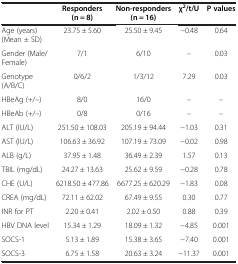
<table><thead><tr><td><b> </b></td><td><b>Responders (n = 8)</b></td><td><b>Non-responders (n = 16)</b></td><td><b>χ<sup>2</sup>/t/U</b></td><td><b>P values</b></td></tr></thead><tbody><tr><td>Age (years) (Mean ± SD)</td><td>23.75 ± 5.60</td><td>25.50 ± 9.45</td><td>-0.48</td><td>0.64</td></tr><tr><td>Gender (Male/Female)</td><td>7/1</td><td>6/10</td><td>–</td><td>0.03</td></tr><tr><td>Genotype (A/B/C)</td><td>0/6/2</td><td>1/3/12</td><td>7.29</td><td>0.03</td></tr><tr><td>HBeAg (+/–)</td><td>8/0</td><td>16/0</td><td>–</td><td>–</td></tr><tr><td>HBeAb (+/–)</td><td>0/8</td><td>0/16</td><td>–</td><td>–</td></tr><tr><td>ALT (IU/L)</td><td>251.50 ± 108.03</td><td>205.19 ± 94.44</td><td>-1.03</td><td>0.31</td></tr><tr><td>AST (IU/L)</td><td>106.63 ± 36.92</td><td>107.19 ± 73.09</td><td>-0.02</td><td>0.98</td></tr><tr><td>ALB (g/L)</td><td>37.95 ± 1.48</td><td>36.49 ± 2.39</td><td>1.57</td><td>0.13</td></tr><tr><td>TBIL (mg/dL)</td><td>24.27 ± 13.63</td><td>25.62 ± 9.59</td><td>-0.28</td><td>0.78</td></tr><tr><td>CHE (U/L)</td><td>6218.50 ± 477.86</td><td>6677.25 ± 620.29</td><td>-1.83</td><td>0.08</td></tr><tr><td>CREA (mg/dL)</td><td>72.11 ± 62.02</td><td>67.49 ± 9.55</td><td>0.30</td><td>0.77</td></tr><tr><td>INR for PT</td><td>2.20 ± 0.41</td><td>2.02 ± 0.50</td><td>0.88</td><td>0.39</td></tr><tr><td>HBV DNA level</td><td>15.34 ± 1.29</td><td>18.09 ± 1.32</td><td>-4.85</td><td>0.001</td></tr><tr><td>SOCS-1</td><td>5.13 ± 1.89</td><td>15.38 ± 3.65</td><td>-7.40</td><td>0.001</td></tr><tr><td>SOCS-3</td><td>6.75 ± 1.58</td><td>20.63 ± 3.24</td><td>-11.37</td><td>0.001</td></tr></tbody></table>